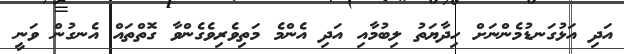
އަދި އަޅުގަނޑުމެންނަށް ހިދާޔަތު ލިބުމާއި އަދި އެންމެ މަތިވެރިވެގެންވާ ގޮތްތައް އެނގުން ވަނީ